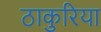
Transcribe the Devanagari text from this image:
ठाकुरिया